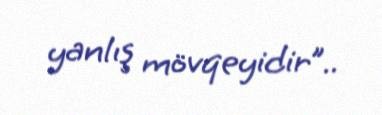
yanlış mövqeyidir”..